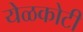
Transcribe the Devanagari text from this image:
येळकोटी